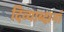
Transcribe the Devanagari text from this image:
दिव्याब्दानां